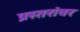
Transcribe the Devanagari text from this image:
प्रस्तरांवर